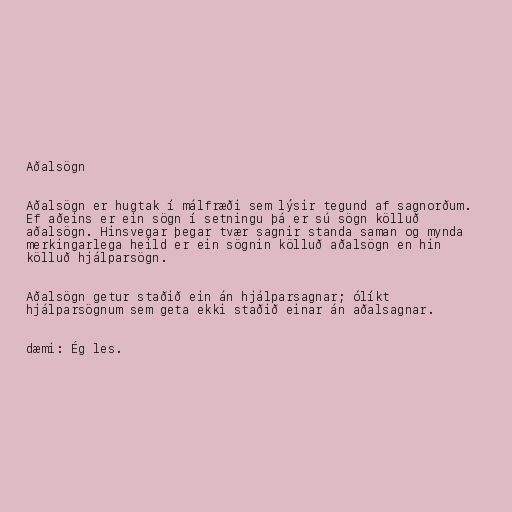
Aðalsögn

Aðalsögn er hugtak í málfræði sem lýsir tegund af sagnorðum.
Ef aðeins er ein sögn í setningu þá er sú sögn kölluð
aðalsögn. Hinsvegar þegar tvær sagnir standa saman og mynda
merkingarlega heild er ein sögnin kölluð aðalsögn en hin
kölluð hjálparsögn.

Aðalsögn getur staðið ein án hjálparsagnar; ólíkt
hjálparsögnum sem geta ekki staðið einar án aðalsagnar.

dæmi: Ég les.